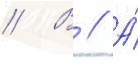
// В // А́